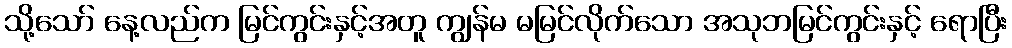
သို့သော် နေ့လည်က မြင်ကွင်းနှင့်အတူ ကျွန်မ မမြင်လိုက်သော အသုဘမြင်ကွင်းနှင့် ရောပြီး